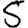
Digit: 5